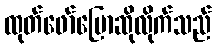
ထုတ်ဖော်ပြောဆိုလိုက်သည်